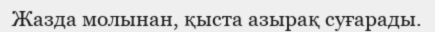
Жазда молынан, қыста азырақ суғарады.